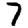
Digit: 7